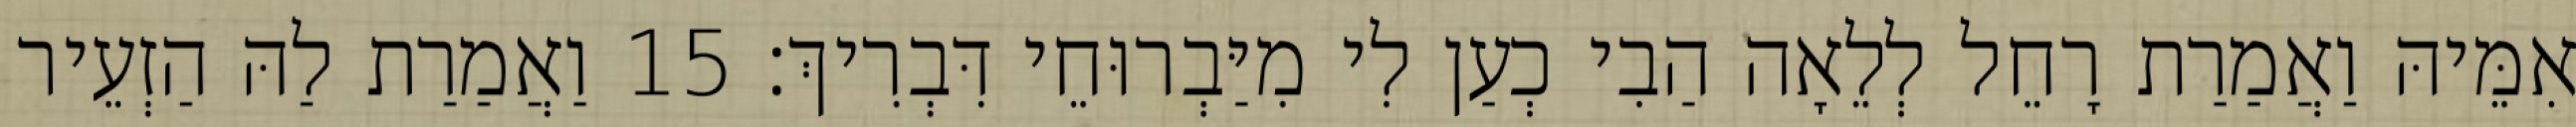
אִמֵּיהּ וַאֲמַרַת רָחֵל לְלֵאָה הַבִי כְעַן לִי מִיַּבְרוּחֵי דִּבְרִיךְ׃ 15 וַאֲמַרַת לַהּ הַזְעֵיר